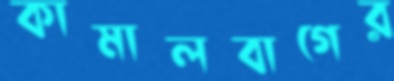
কামালবাগের